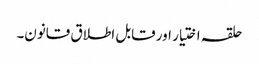
حلقہ اختیار اور قابل اطلاق قانون۔